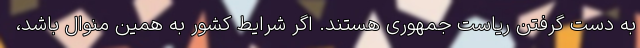
به دست گرفتن ریاست جمهوری هستند. اگر شرایط کشور به همین منوال باشد،